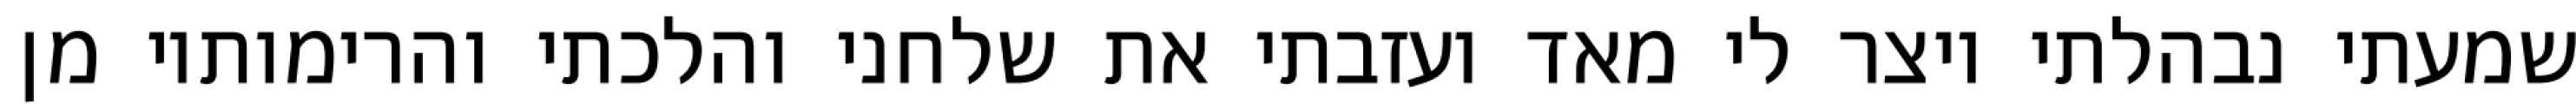
שמעתי נבהלתי ויצר לי מאד ועזבתי את שלחני והלכתי והרימותיו מן